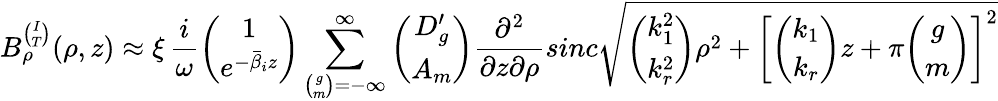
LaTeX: B_{\rho}^{\binom{I}{T}}(\rho,z)\approx\xi\, \frac{i}{\omega}{\binom{1}{e^{-\bar{\beta}_{i}z}}}\sum_{{\binom{g}{m}}=-\infty}^{\infty}{\binom{D_{g}^{\prime}}{A_{m}}}\frac{\partial^{2}}{\partial z\partial\rho}sinc\sqrt{{\binom{k_{1}^{2}}{k_{r}^{2}}}\rho^{2}+\left[{\binom{k_{1}}{k_{r}}}z+\pi{\binom{g}{m}}\right]^{2}}